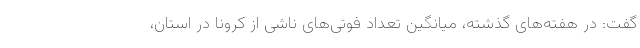
گفت: در هفته‌های گذشته، میانگین تعداد فوتی‌های ناشی از کرونا در استان،